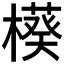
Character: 𬄲